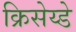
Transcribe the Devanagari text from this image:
क्रिसेय्डे